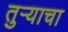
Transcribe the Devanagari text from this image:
तुऱ्याचा